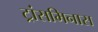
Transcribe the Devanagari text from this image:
ट्रांसमिनास